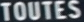
TOUTES